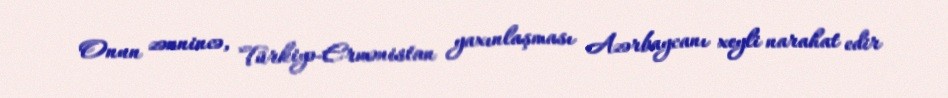
Onun zənnincə, Türkiyə-Ermənistan yaxınlaşması Azərbaycanı xeyli narahat edir